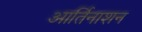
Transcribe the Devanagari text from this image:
आर्तिनाशन